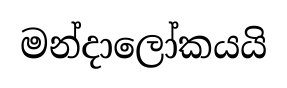
මන්දාලෝකයයි